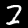
Label: 2